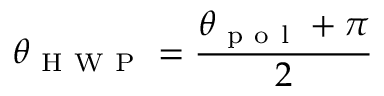
\theta _ { \mathrm { ~ H ~ W ~ P ~ } } = \frac { \theta _ { \mathrm { ~ p ~ o ~ l ~ } } + \pi } { 2 }